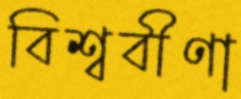
বিশ্ববীণা